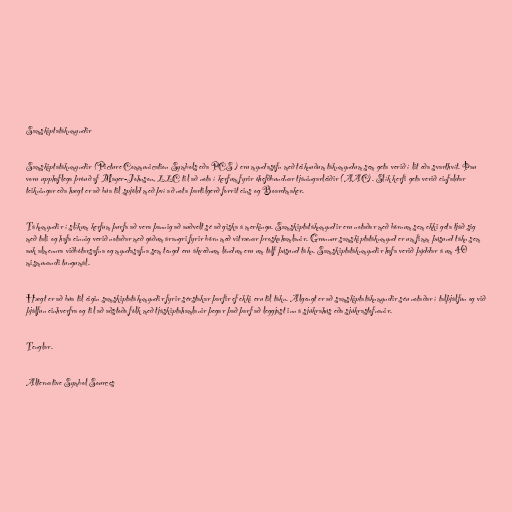
Samskiptatáknmyndir

Samskiptatáknmyndir (Picture Communication Symbols eða PCS ) eru myndasöfn með teiknuðum táknmyndum sem geta verið í lit eða svarthvít. Þau
voru upphaflega þróuð af Mayer-Johnson, LLC til að nota í kerfum fyrir óhefðbundnar tjáningarleiðir (AAC). Slík kerfi geta verið einfaldar
teikningar eða hægt er að búa til spjöld með því að nota þartilgerð forrit eins og Boardmaker.

Táknmyndir í slíkum kerfum þurfa að vera þannig að auðvelt sé að giska á merkingu. Samskiptatáknmyndir eru notaðar með börnum sem ekki geta tjáð sig
með tali og hafa einnig verið notaðar með góðum árangri fyrir börn með vitrænar þroskahamlanir. Grunnur samskiptatáknmynd er um fimm þúsund tákn sem
auk almennra viðbótarsafna og myndasafna sem tengd eru ákveðnum löndum eru um tólf þúsund tákn. Samskiptatáknmyndir hafa verið þýddar á um 40
mismunandi tungumál.

Hægt er að búa til eigin samskiptatáknmyndir fyrir sérstakar þarfir ef ekki eru til tákn. Algengt er að samskiptatáknmyndir séu notaðar í talþjálfun og við
þjálfun einhverfra og til að aðstoða fólk með tjáskiptahamlanir þegar það þarf að leggjast inn á sjúkrahús eða sjúkrastofnanir.

Tenglar.

Alternative Symbol Sources